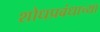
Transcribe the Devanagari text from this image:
शोधप्रबंधाच्या